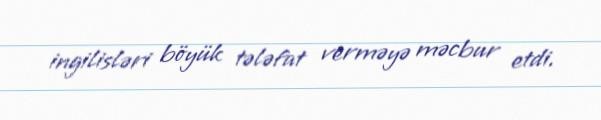
ingilisləri böyük tələfat verməyə məcbur etdi.